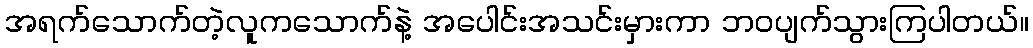
အရက်သောက်တဲ့လူကသောက်နဲ့ အပေါင်းအသင်းမှားကာ ဘဝပျက်သွားကြပါတယ်။